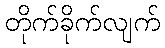
တိုက်ခိုက်လျက်